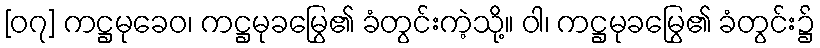
[၀၇] ကဋ္ဌမုခေဝ၊ ကဋ္ဌမုခမြွေ၏ ခံတွင်းကဲ့သို့။ ဝါ၊ ကဋ္ဌမုခမြွေ၏ ခံတွင်း၌